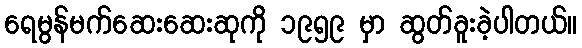
ရေမွန်မက်ဆေးဆေးဆုကို ၁၉၅၉ မှာ ဆွတ်ခူးခဲ့ပါတယ်။